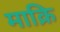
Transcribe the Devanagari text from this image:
माक्रि